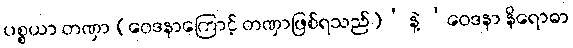
ပစ္စယာ တဏှာ (ဝေဒနာကြောင့် တဏှာဖြစ်ရသည်)’ နဲ့ ‘ဝေဒနာ နိရောဓာ